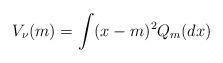
LaTeX: \begin{align*} V_{\nu}(m)=\int (x-m)^2 Q_m(dx)\end{align*}